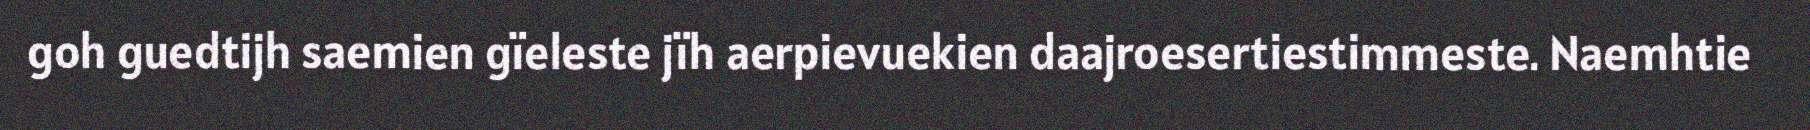
goh guedtijh saemien gïeleste jïh aerpievuekien daajroesertiestimmeste. Naemhtie